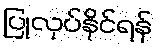
ပြုလုပ်နိုင်ရန်